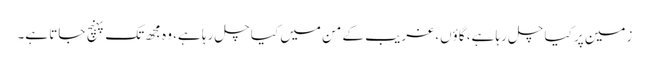
زمین پر کیا چل رہا ہے، گاؤں، غریب کے من میں کیا چل رہا ہے، وہ مجھ تک پہنچ جاتا ہے۔